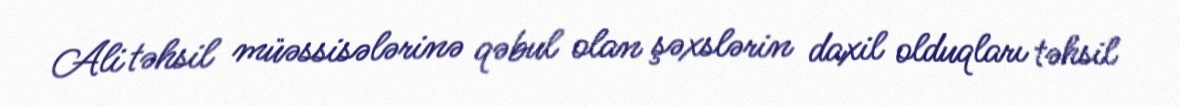
Ali təhsil müəssisələrinə qəbul olan şəxslərin daxil olduqları təhsil